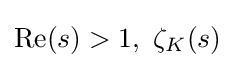
\mathrm {Re} (s)>1,\ \zeta _{K}(s)